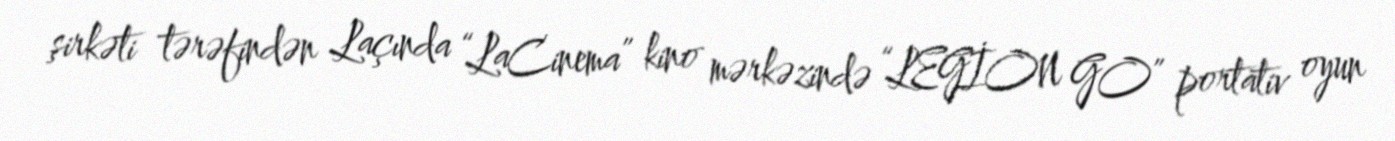
şirkəti tərəfindən Laçında “LaCinema” kino mərkəzində “LEGİON GO” portativ oyun